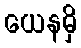
ယေနမှိ